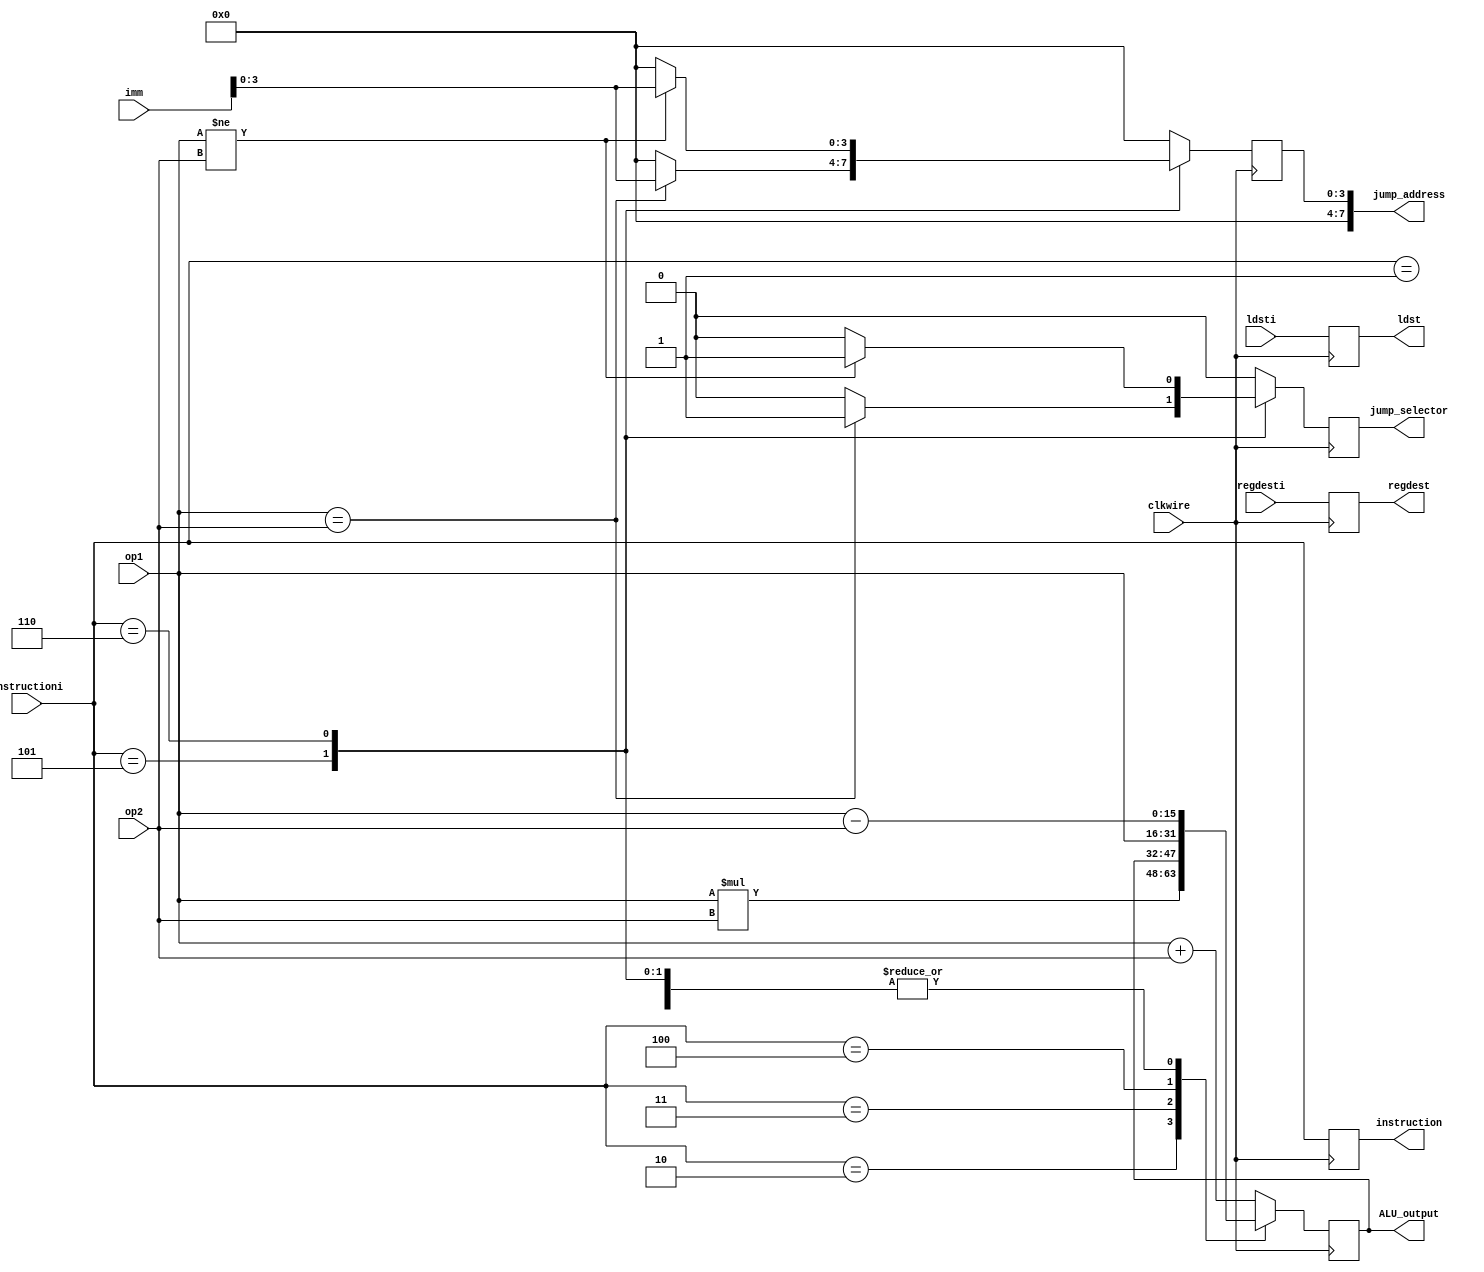
module Execution_unit(
  input wire clkwire,
  input[15:0] op1, op2,
  input[7:0]  imm,
  input[3:0] instructioni, regdesti, ldsti,
  output[15:0] ALU_output,
  output[3:0] regdest, ldst, instruction,
  output wire[7:0] jump_address,
  output wire jump_selector
);

  reg [15:0] ALU_result;
  reg [3:0] npc_reg, ldsti_reg, regdesti_reg, instruction_reg;
  reg jump_selector_reg;

  assign ALU_output = ALU_result;
  assign ldst = ldsti_reg;
  assign regdest = regdesti_reg;
  assign jump_address = npc_reg;
  assign jump_selector = jump_selector_reg;
  assign instruction = instruction_reg;


  always @(posedge clkwire)
    begin
      instruction_reg = instructioni;
      jump_selector_reg = 1'b0;

      case(instructioni)

        4'b0000: // add operation
          begin
            ALU_result = op1 + op2;
            npc_reg = 0; 
          end

        4'b0001: // sub operation
          begin
            ALU_result = op1 - op2;
            npc_reg = 0;
          end

        4'b0010: // mul operation
          begin
            ALU_result = op1*op2;
            npc_reg = 0; 
          end
        
        4'b0011: //load word 
          begin
            npc_reg = 0; 
          end
      
        4'b0100: //store word
          begin 
            ALU_result = op1;
            npc_reg = 0;
          end 
     
        4'b0101: // branch equal operation
          begin
            ALU_result = op1 - op2;
            if(op1 == op2)
              begin 
                npc_reg = imm;
                jump_selector_reg = 1'b1;
              end
            else 
              npc_reg = 0;
          end

        4'b0110: // branch not equal
          begin
            ALU_result = op1 - op2;
            if(op1 != op2)
              begin
                npc_reg = imm; 
                jump_selector_reg = 1'b1;
                // $display(npc_reg);
              end

            else 
              npc_reg = 0;
          end
     
        default: 
          begin 
            ALU_result = op1 + op2;
            npc_reg = 0;
          end

      endcase

      ldsti_reg = ldsti;
      regdesti_reg = regdesti;
     
    end

endmodule